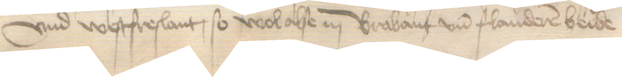
vnd Westfreslant, so wol alse in Brabant und Flanderen beide